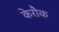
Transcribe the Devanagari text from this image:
केरौक